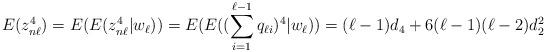
LaTeX: \begin{align*}E(z_{n\ell}^4)=E(E(z_{n\ell}^4|w_{\ell}))=E(E((\sum^{\ell-1}_{i=1}q_{\ell i})^4|w_{\ell}))=(\ell-1)d_4+6(\ell-1)(\ell-2)d_2^2\end{align*}